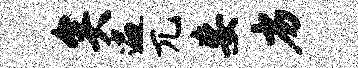
矣遍兀妄劣